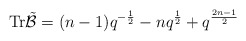
\begin{align*}\mathrm{Tr} \tilde{\mathcal{B}}=(n-1)q^{-\frac{1}{2}}-nq^{\frac{1}{2}}+q^{\frac{2n-1}{2}}\end{align*}